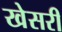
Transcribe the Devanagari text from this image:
खेसरी